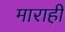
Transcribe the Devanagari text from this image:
माराही